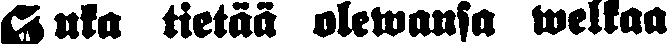
# uka tietää olewansa welkaa